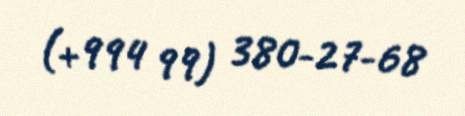
(+994 99) 380-27-68